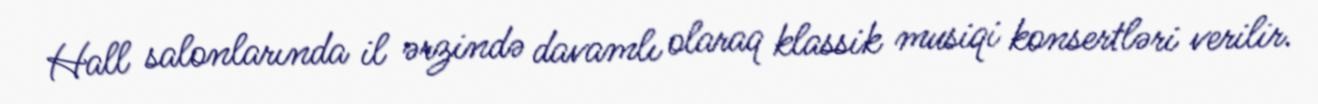
Hall salonlarında il ərzində davamlı olaraq klassik musiqi konsertləri verilir.